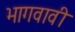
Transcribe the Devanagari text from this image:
भागवावी